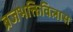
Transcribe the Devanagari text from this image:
ब्रजभक्तिविलास